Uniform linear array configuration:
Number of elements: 16
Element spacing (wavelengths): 0.75
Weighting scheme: uniform
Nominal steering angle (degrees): -30
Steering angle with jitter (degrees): -30.74
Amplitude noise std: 0.05
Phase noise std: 0.05

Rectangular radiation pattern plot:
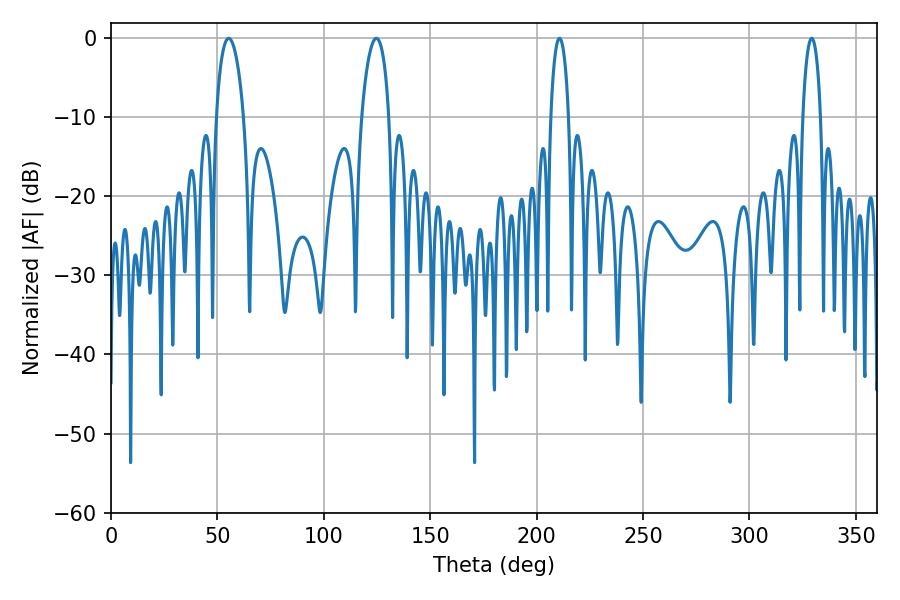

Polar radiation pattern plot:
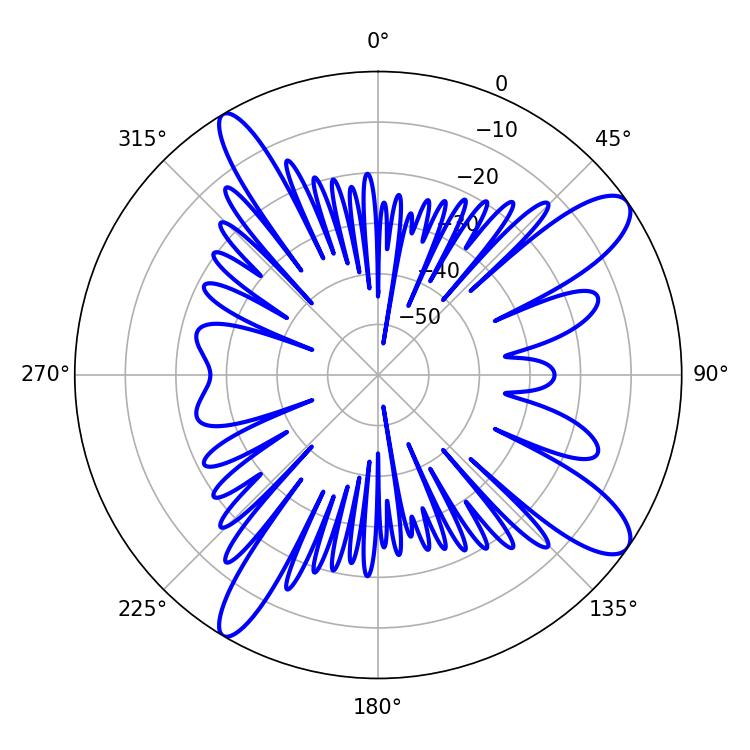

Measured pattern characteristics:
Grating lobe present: TRUE
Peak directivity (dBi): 11.655
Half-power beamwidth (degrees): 7.38
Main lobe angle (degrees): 55.26